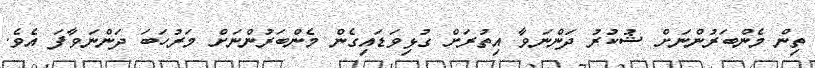
ތިން މެންބަރުންނަށް ޝުކުރު ދަންނަވާ އިތުރަށް ގުޅިވަޑައިގެން މެންބަރުންނަށް މަރުހަބަ ދަންނަވާފަ އެވެ.